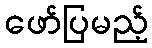
ဖော်ပြမည့်